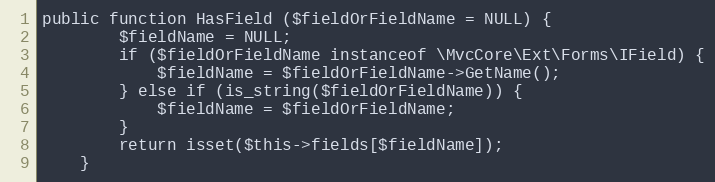
Language: PHP
public function HasField ($fieldOrFieldName = NULL) {
		$fieldName = NULL;
		if ($fieldOrFieldName instanceof \MvcCore\Ext\Forms\IField) {
			$fieldName = $fieldOrFieldName->GetName();
		} else if (is_string($fieldOrFieldName)) {
			$fieldName = $fieldOrFieldName;
		}
		return isset($this->fields[$fieldName]);
	}